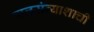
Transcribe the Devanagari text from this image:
बालसंन्याशाची